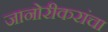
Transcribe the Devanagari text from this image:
जानोरीकरांचा